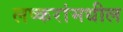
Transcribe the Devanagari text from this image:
लष्करांमधील